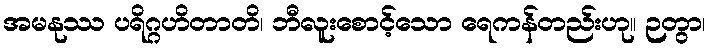
အမနုဿ ပရိဂ္ဂဟိတာတိ၊ ဘီလူးစောင့်သော ရေကန်တည်းဟု။ ဉတွာ၊